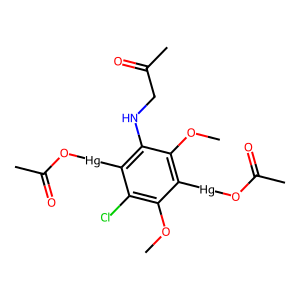
SMILES: COc1c(Cl)c([Hg]OC(C)=O)c(NCC(C)=O)c(OC)c1[Hg]OC(C)=O
Inhibits HIV replication: No